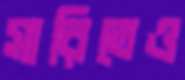
সারিতেও